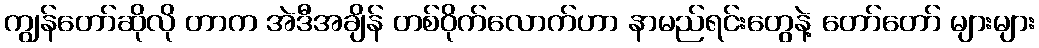
ကျွန်တော်ဆိုလို တာက အဲဒီအချိန် တစ်ဝိုက်လောက်ဟာ နာမည်ရင်းတွေနဲ့ တော်တော် များများ